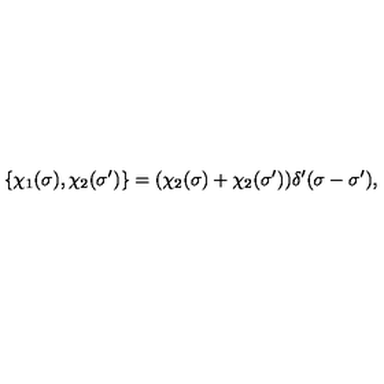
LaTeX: \{ \chi _ { 1 } ( \sigma ) , \chi _ { 2 } ( \sigma ^ { \prime } ) \} = ( \chi _ { 2 } ( \sigma ) + \chi _ { 2 } ( \sigma ^ { \prime } ) ) \delta ^ { \prime } ( \sigma - \sigma ^ { \prime } ) ,